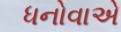
ધનોવાએ